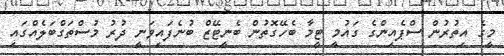
މީގެ އިތުރުން ސްޕެއިންގެ ގައުމީ ޓީމާ ބެހޭގޮތުން ބެނީޓޭޒް ބުނެފައިވަނީ ދުރު މުސްތަގްބަލެއްގައި